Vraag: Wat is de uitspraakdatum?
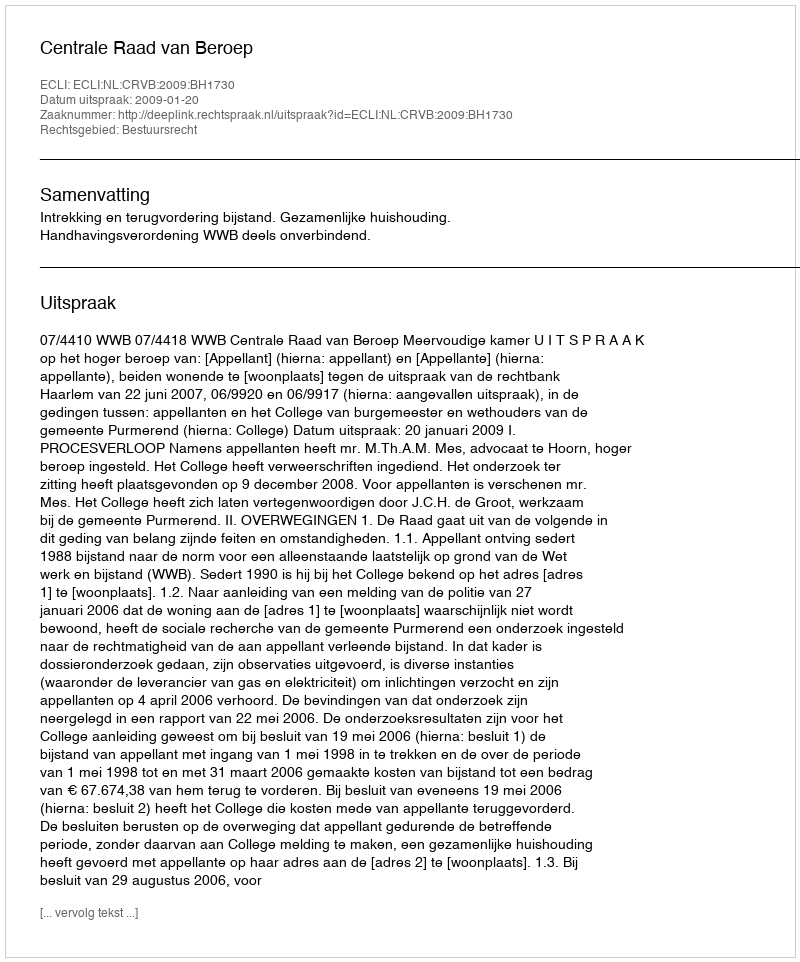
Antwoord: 2009-01-20